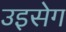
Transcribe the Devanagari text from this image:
उइसेग